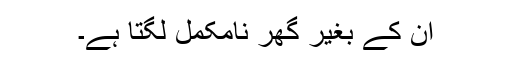
ان کے بغیر گھر نامکمل لگتا ہے۔